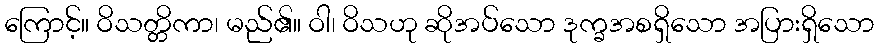
ကြောင့်။ ဝိသတ္တိကာ၊ မည်၏။ ဝါ၊ ဝိသဟု ဆိုအပ်သော ဒုက္ခအစရှိသော အပြားရှိသော